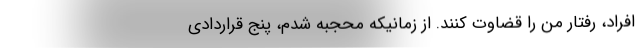
افراد، رفتار من را قضاوت کنند. از زمانیکه محجبه شدم، پنج قراردادی